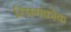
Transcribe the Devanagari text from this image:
स्प्रिंगकोक